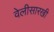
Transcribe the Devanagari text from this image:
वेलीसारखी